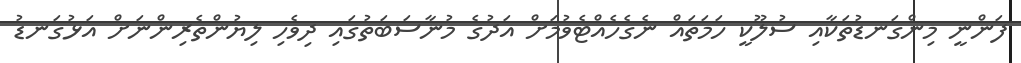
ފަންނީ މިންގަނޑުތަކާއި ސުލޫކީ ހަމަތައް ނެގެހެއްޓެވުމަށް އަދުގެ މުނާސަބަތުގައި ދިވެހި ލިޔުންތެރިންނަށް އަޅުގަނޑު